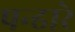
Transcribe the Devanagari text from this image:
पन्ढारे